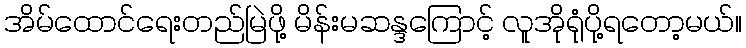
အိမ်ထောင်ရေးတည်မြဲဖို့ မိန်းမဆန္ဒကြောင့် လူအိုရုံပို့ရတော့မယ်။